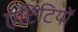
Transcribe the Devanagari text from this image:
एंटिटियों